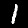
Digit: 1